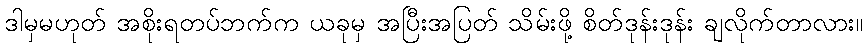
ဒါမှမဟုတ် အစိုးရတပ်ဘက်က ယခုမှ အပြီးအပြတ် သိမ်းဖို့ စိတ်ဒုန်းဒုန်း ချလိုက်တာလား။